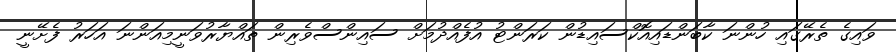
ވައިގެ ތެރޭގައި ހުންނަ ކާބަންޑައިއޮކްސައިޑުން ކަރަންޓު އުފެއްދުމަށް ސައިންސްވެރިން ތައްޔާރުވަނީމިއަންނަ އަހަރު ފެށޭނީ